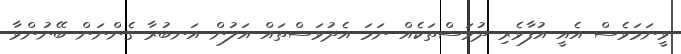
ވީނަމަވެސް އެއީ އުފާވެރި ދުވަސްތަކެއް ނަމަ އެދުވަސްތައް އަލުން އަނބުރާ ގެންނަން ބޭނުންވާ